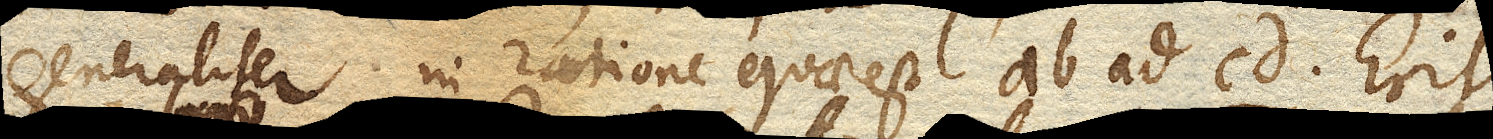
generaliter in ratione quae est ab. ad cd. Erit